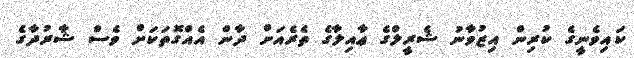
ކައިވެނީގެ ކުރިން އިޒުވާނު ޝެރީލްގެ ޢާއިލާގެ ތެރެއަށް ދާން އެއްގޮތަކަށް ވެސް ޝާރުދާގެ